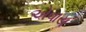
એવાય